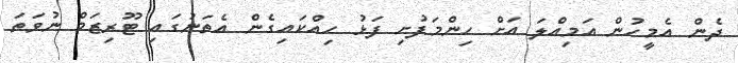
ދެން އެމީހުން އަމިއްލަ އަށް ހިންމަފުށި ފަޅު ހިއްކައިގެން އެތަނުގައި ޓޫރިޒަމް ނުވަތަ